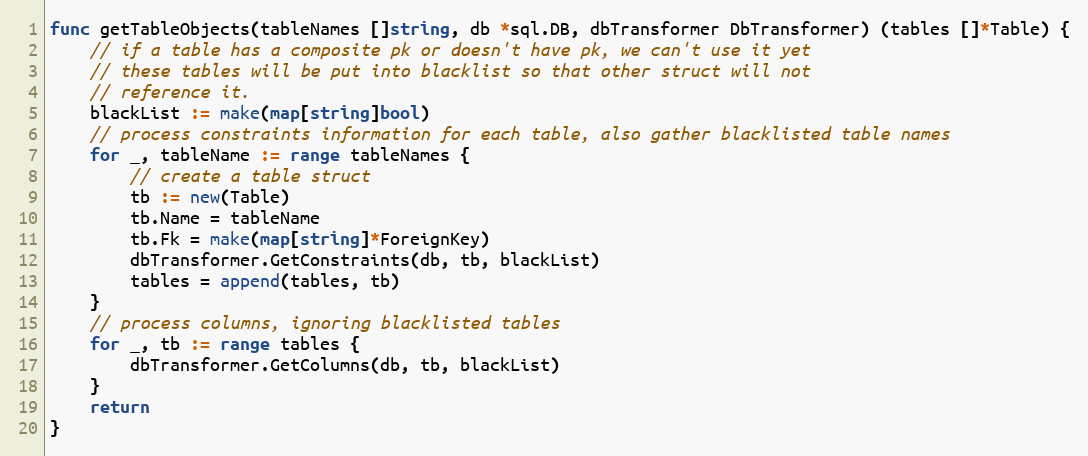
Language: Go
func getTableObjects(tableNames []string, db *sql.DB, dbTransformer DbTransformer) (tables []*Table) {
	// if a table has a composite pk or doesn't have pk, we can't use it yet
	// these tables will be put into blacklist so that other struct will not
	// reference it.
	blackList := make(map[string]bool)
	// process constraints information for each table, also gather blacklisted table names
	for _, tableName := range tableNames {
		// create a table struct
		tb := new(Table)
		tb.Name = tableName
		tb.Fk = make(map[string]*ForeignKey)
		dbTransformer.GetConstraints(db, tb, blackList)
		tables = append(tables, tb)
	}
	// process columns, ignoring blacklisted tables
	for _, tb := range tables {
		dbTransformer.GetColumns(db, tb, blackList)
	}
	return
}